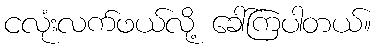
ငလုံးလက်ဖယ်လို့ ခေါ်ကြပါတယ်။